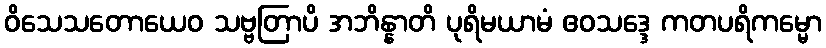
ဝိသေသတောယေဝ သဗ္ဗတြာပိ အဘိန္နာတိ ပုရိမယာမံ ဧဝသဒ္ဒေ ကတပရိကမ္မော